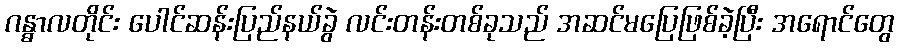
ဂန္ဓာလတိုင်း ပေါင်ဆန်းပြည်နယ်ခွဲ လင်းတန်းတစ်ခုသည် အဆင်မပြေဖြစ်ခဲ့ပြီး အရောင်တွေ